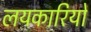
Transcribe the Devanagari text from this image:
लयकारियों